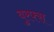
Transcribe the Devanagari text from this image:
बुरफ्स